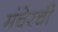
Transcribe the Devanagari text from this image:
मंचेरची